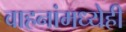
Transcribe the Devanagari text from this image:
वाहनांमध्येही